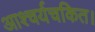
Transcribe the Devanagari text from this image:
आश्चर्यचकित।